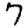
Digit: 7